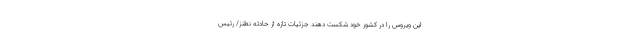
این ویروس را در کشور خود شکست دهند جزئیات تازه از حادثه نطنز/ رئیس